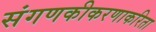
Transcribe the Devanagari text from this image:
संगणकीकरणाकरिता